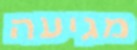
מגיעה